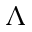
\Lambda